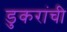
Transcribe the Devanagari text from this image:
डुकरांची